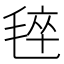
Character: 𰚡